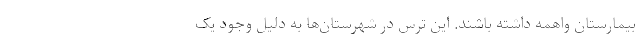
بیمارستان واهمه داشته باشند. این ترس در شهرستان‌ها به دلیل وجود یک